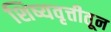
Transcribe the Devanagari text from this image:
शिष्यवृत्तीतून